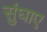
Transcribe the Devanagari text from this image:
सुंघाए